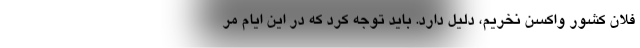
فلان کشور واکسن نخریم، دلیل دارد. باید توجه کرد که در این ایام مر